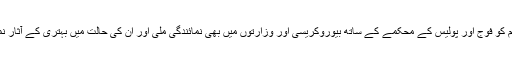
تب ہزارہ قوم کو فوج اور پولیس کے محکمے کے ساتھ بیوروکریسی اور وزارتوں میں بھی نمائندگی ملی اور ان کی حالت میں بہتری کے آثار نمودار ہوئے۔